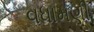
વધામણી